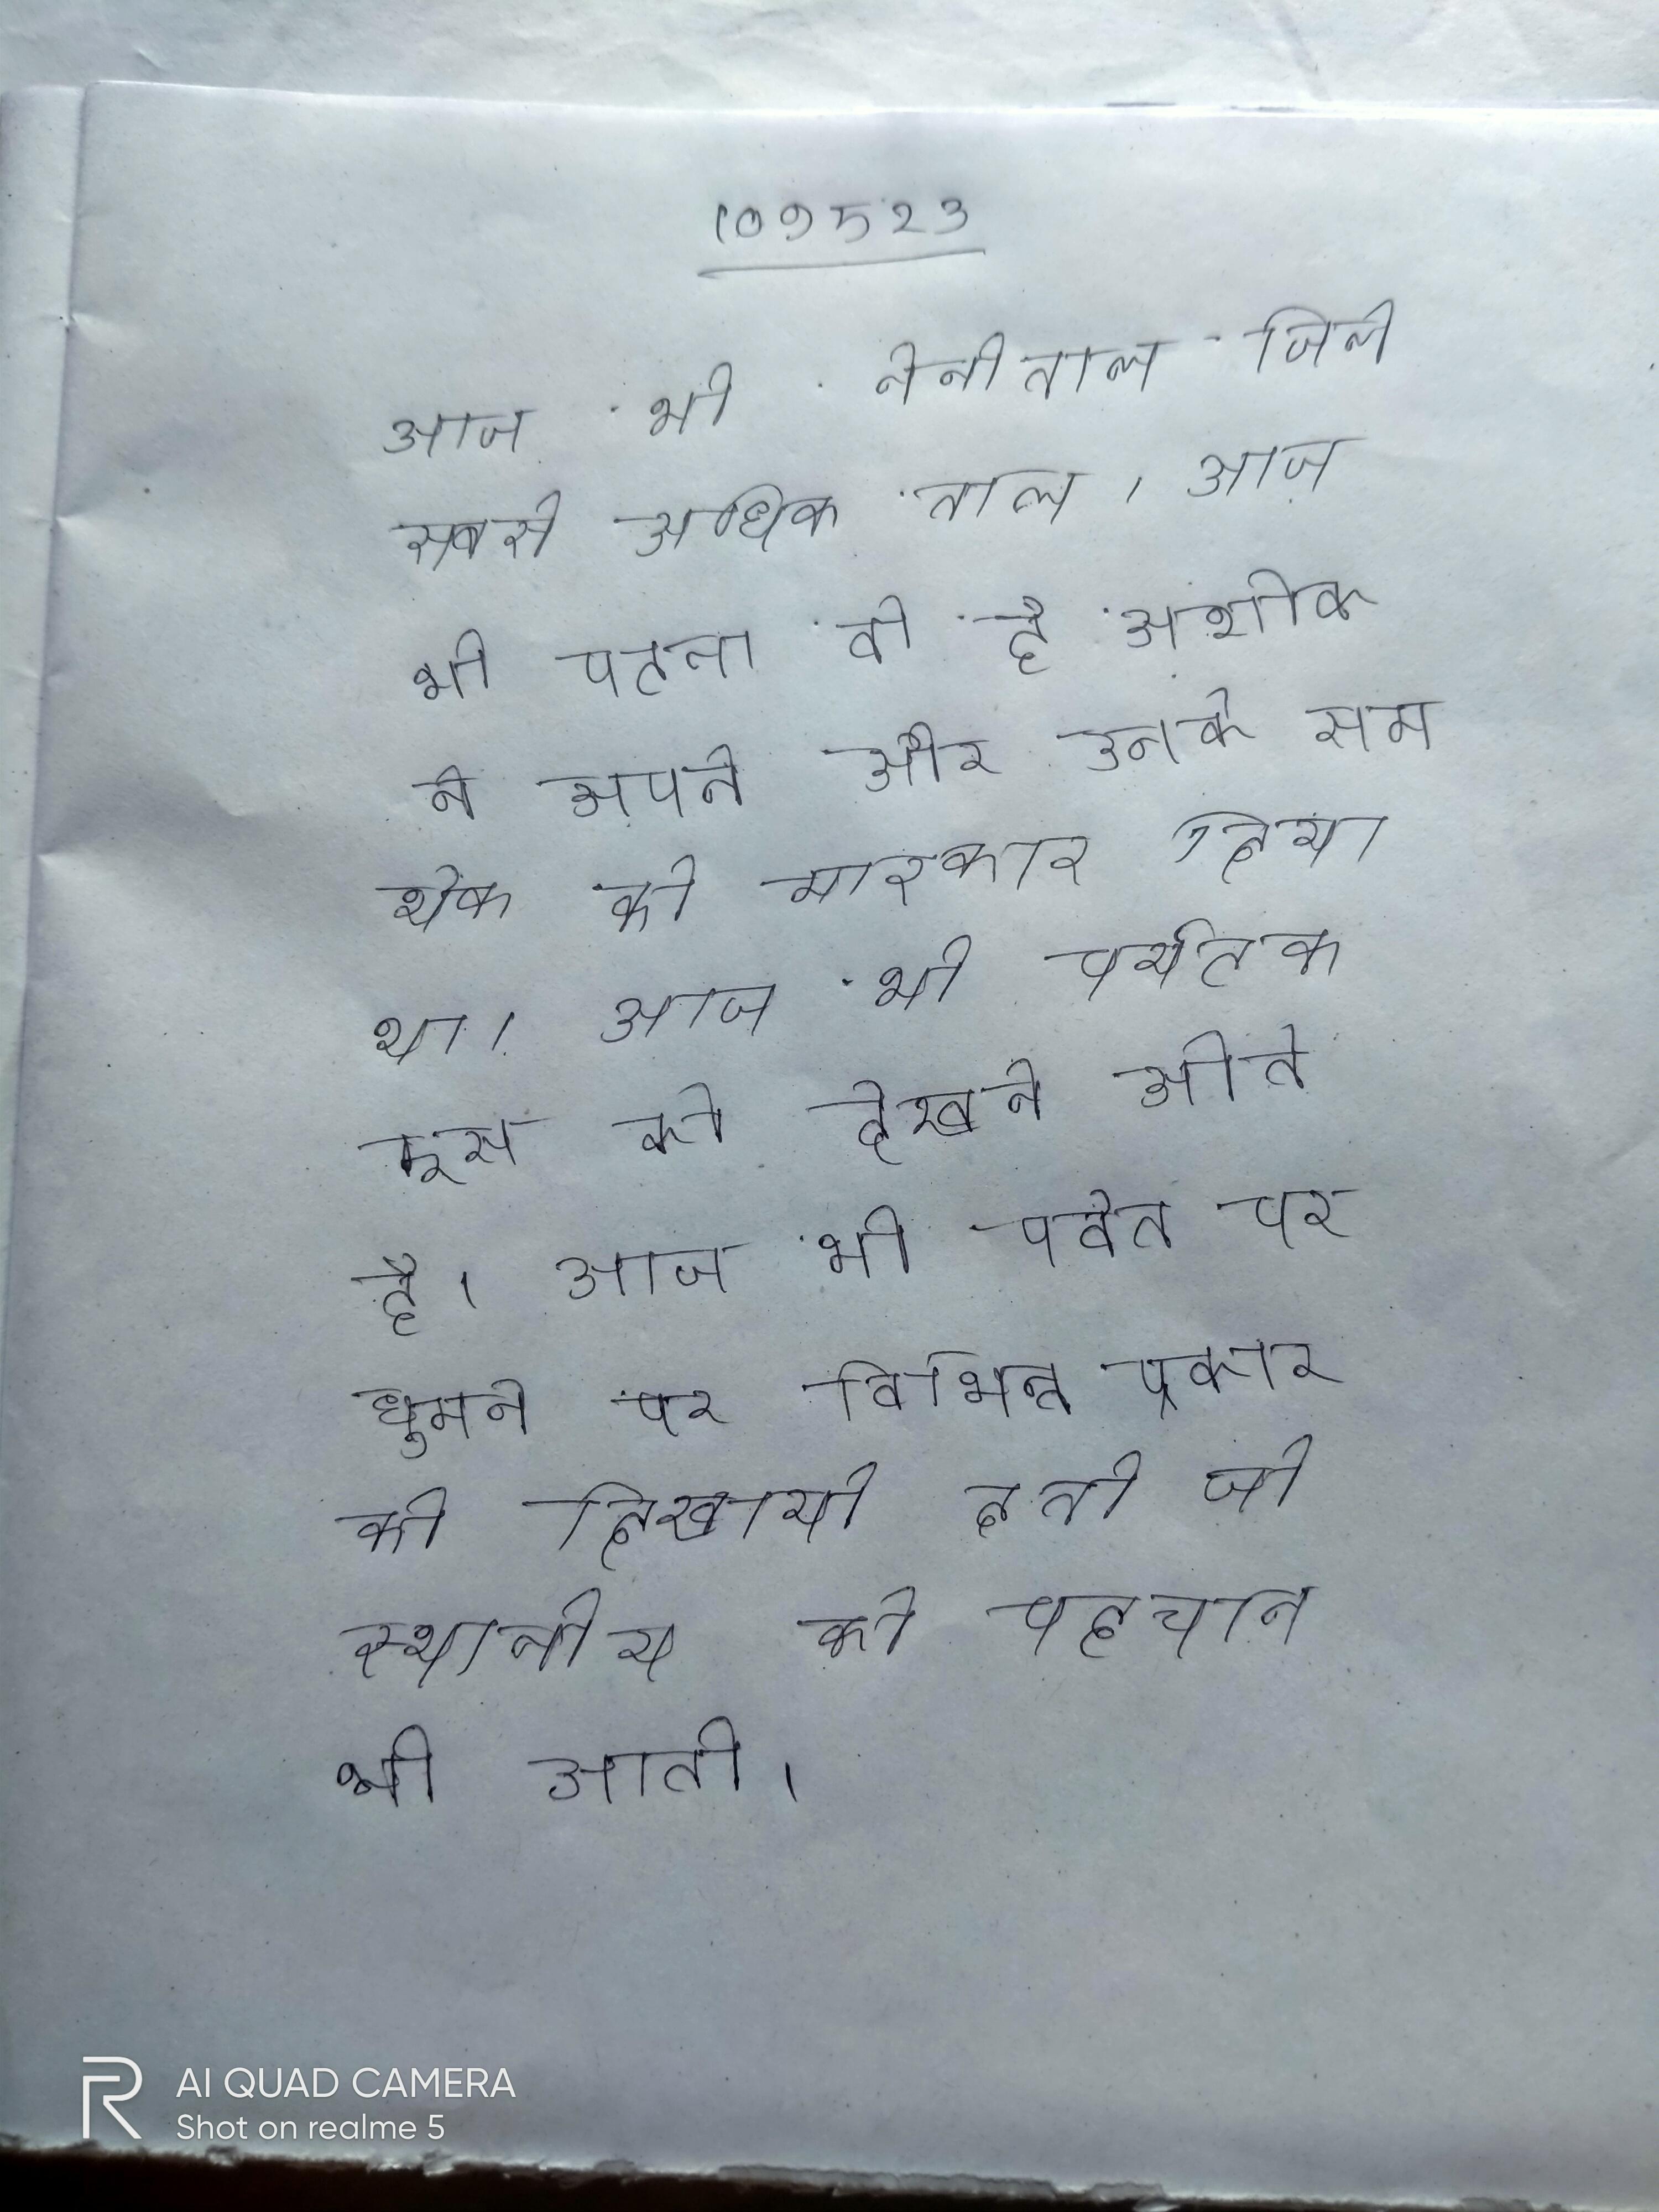
आज भी नैनीताल जिले सबसे अधिक ताल । आज भी पटना वो है अशोक ने अपने और उनके समर्थक को मारकर दिया था । आज भी पर्यटक इस को देखने आते है । आज भी पर्वत पर घूमने पर विभिन्न प्रकार की दिखायी देती जो स्थानीय की पहचान भी आती ।